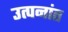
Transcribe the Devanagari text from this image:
उत्पनांत